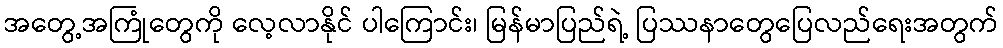
အတွေ့အကြုံတွေကို လေ့လာနိုင် ပါကြောင်း၊ မြန်မာပြည်ရဲ့ ပြဿနာတွေပြေလည်ရေးအတွက်